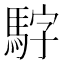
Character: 𮪃